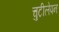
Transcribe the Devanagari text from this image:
चुटीलेपन